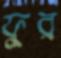
ফুর